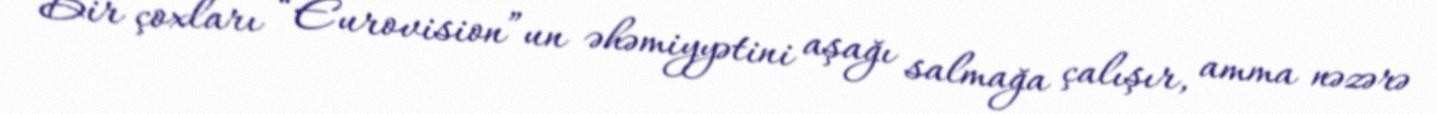
Bir çoxları “Eurovision”un əhəmiyyətini aşağı salmağa çalışır, amma nəzərə